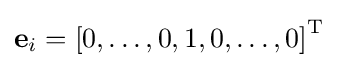
{\textstyle \mathbf {e} _{i}=\left[0,\dots ,0,1,0,\dots ,0\right]^{\mathrm {T} }}